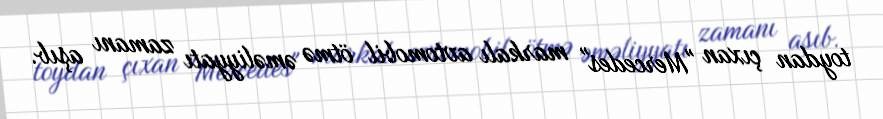
toydan çıxan "Mercedes" markalı avtomobil ötmə əməliyyatı zamanı aşıb.